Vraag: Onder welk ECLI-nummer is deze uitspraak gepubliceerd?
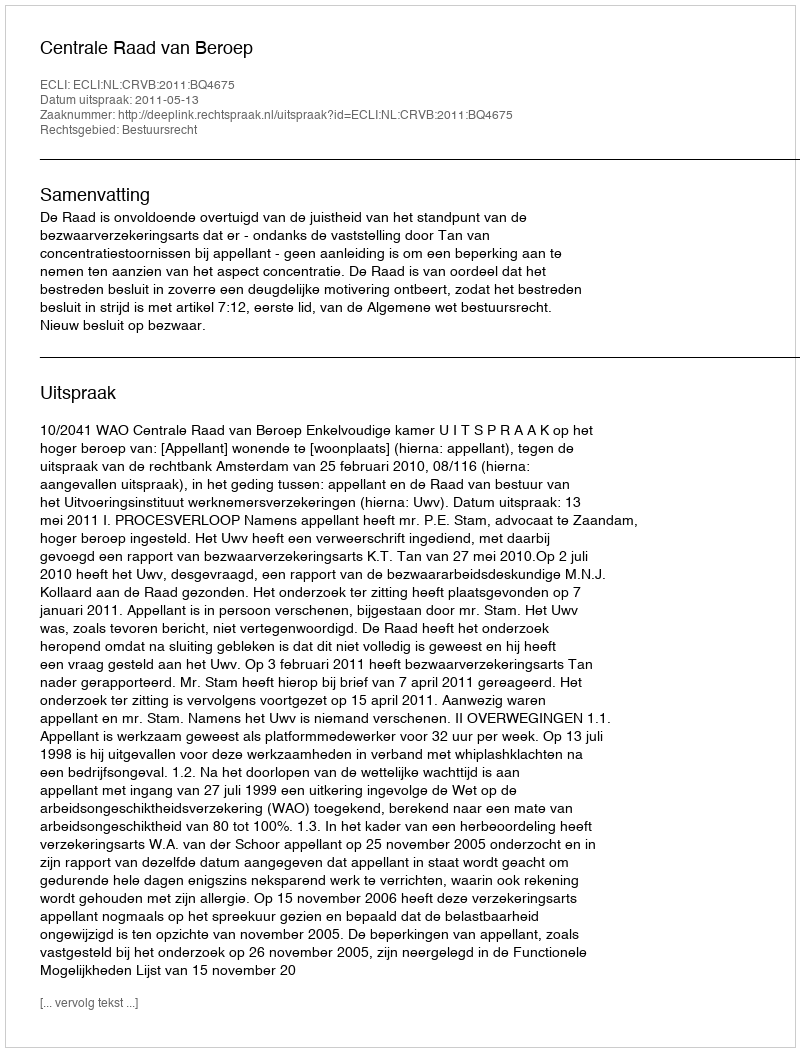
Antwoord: ECLI:NL:CRVB:2011:BQ4675